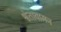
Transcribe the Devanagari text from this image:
श्वेतावामन